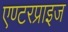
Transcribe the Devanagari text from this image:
एण्टरप्राइज